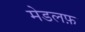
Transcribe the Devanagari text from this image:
मेडलफ़